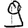
Digit: 9